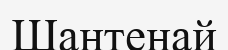
Шантенай